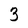
Character: 3